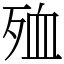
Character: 殈